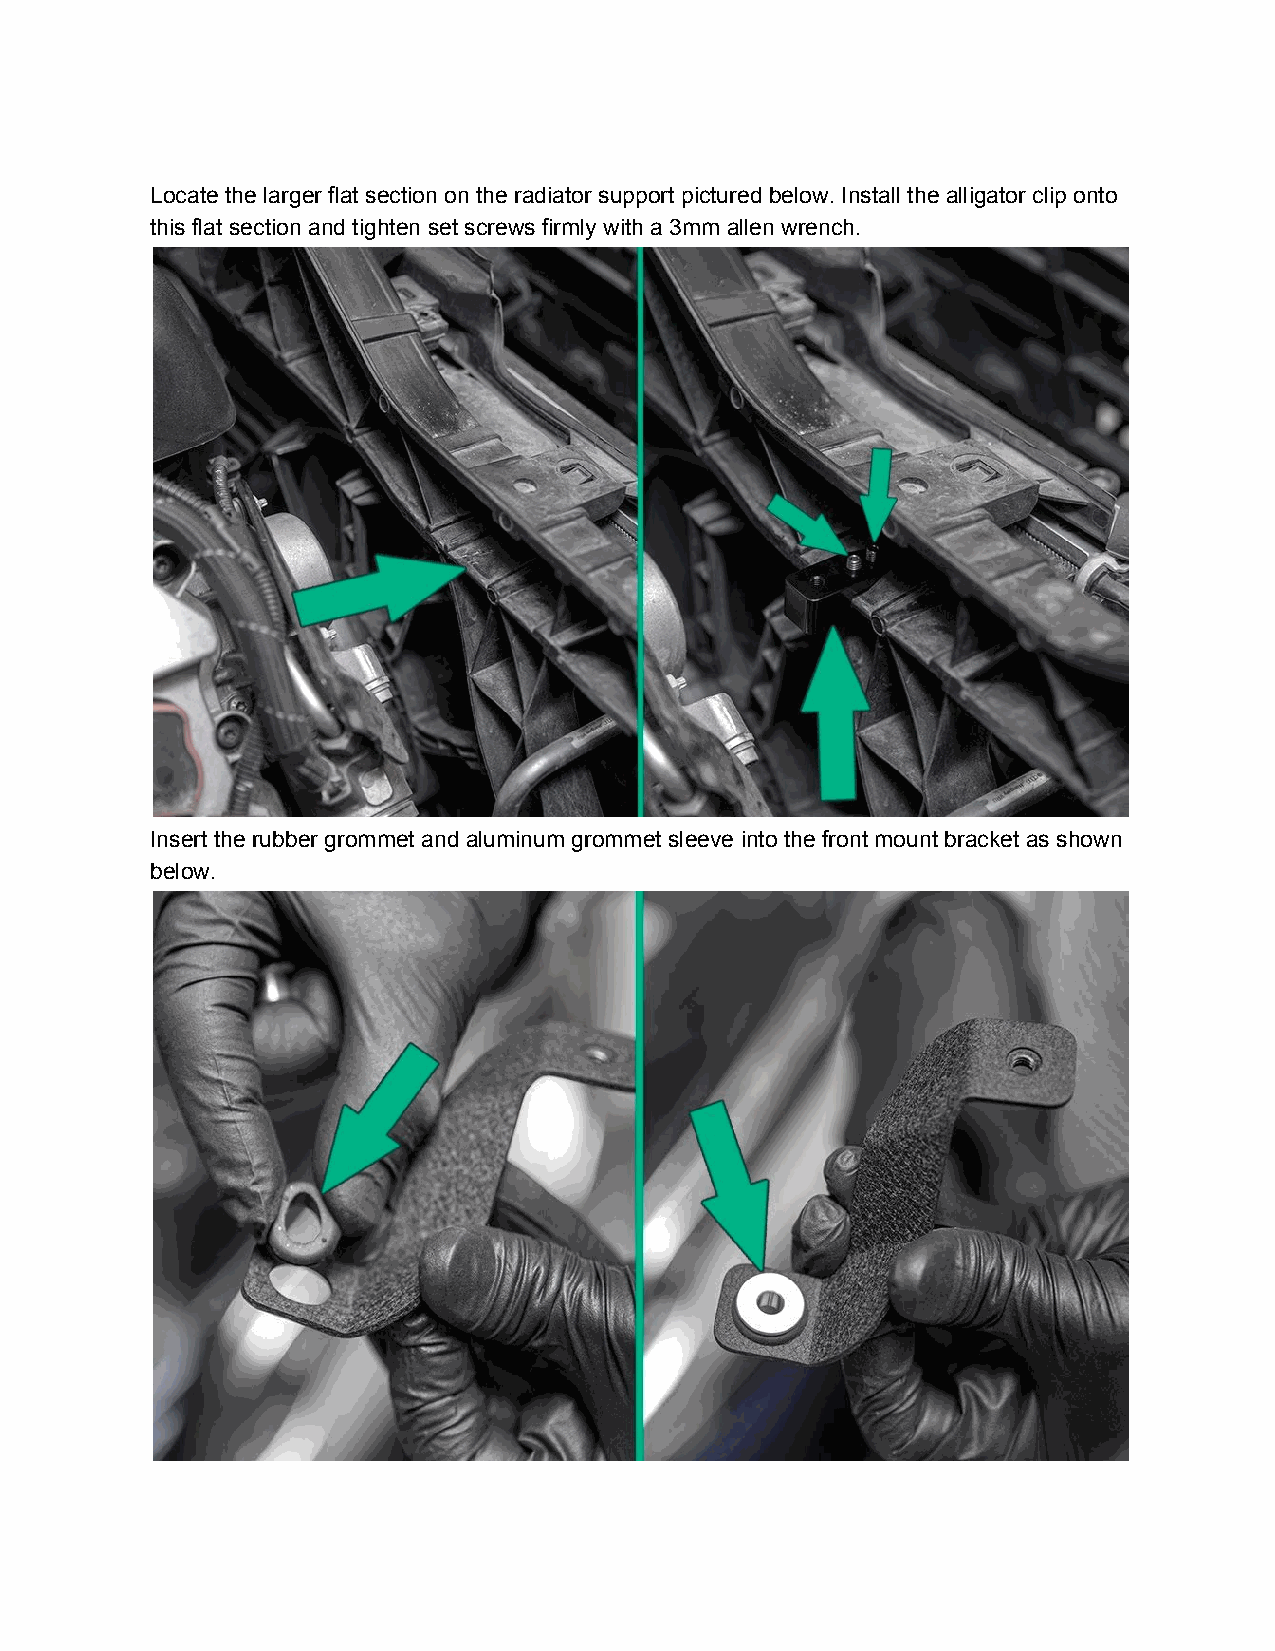
Locate the larger flat section on the radiator support pictured below. Install the alligator clip onto
 this flat section and tighten set screws firmly with a 3mm allen wrench.
 Insert the rubber grommet and aluminum grommet sleeve into the front mount bracket as shown
 below.